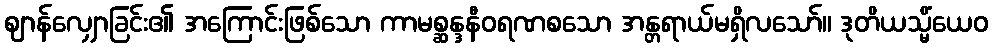
ဈာန်လျှောခြင်း၏ အကြောင်းဖြစ်သော ကာမစ္ဆန္ဒနီဝရဏစသော အန္တရာယ်မရှိလသော်။ ဒုတိယသ္မိံယေဝ